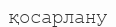
қосарлану